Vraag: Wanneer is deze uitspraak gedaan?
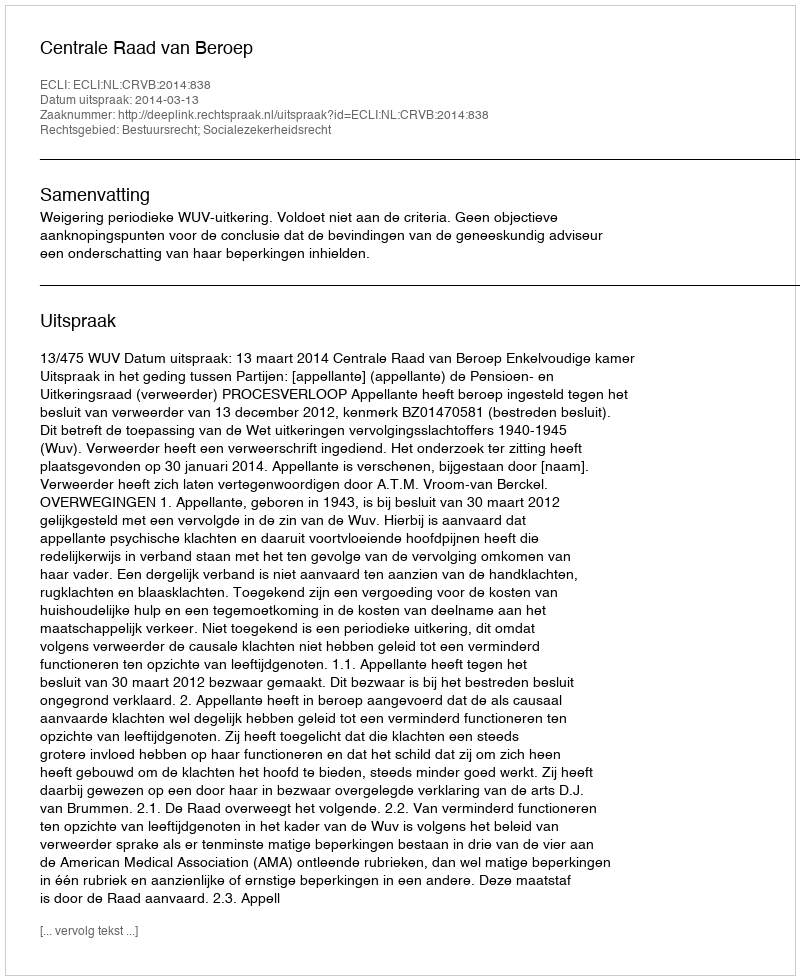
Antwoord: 2014-03-13